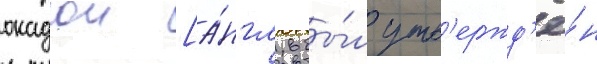
окадои [а́нгл. бы́л утв'ержд'ё́н